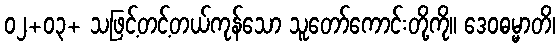
၀၂+၀၃+ သဖြင့်တင့်တယ်ကုန်သော သူတော်ကောင်းတို့ကို။ ဒေဝဓမ္မာတိ၊